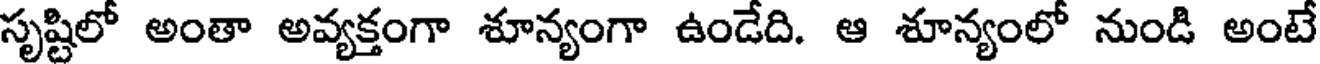
సృష్టిలో అంతా అవ్యక్తంగా శూన్యంగా ఉండేది. ఆ శూన్యంలో నుండి అంటే